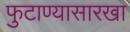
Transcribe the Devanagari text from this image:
फुटाण्यासारखा